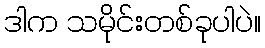
ဒါက သမိုင်းတစ်ခုပါပဲ။